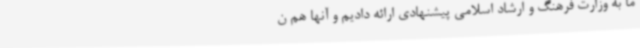
ما به وزارت فرهنگ و ارشاد اسلامی پیشنهادی ارائه دادیم و آنها هم ن